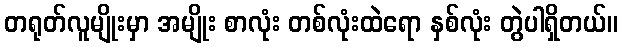
တရုတ်လူမျိုးမှာ အမျိုး စာလုံး တစ်လုံးထဲရော နှစ်လုံး တွဲပါရှိတယ်။